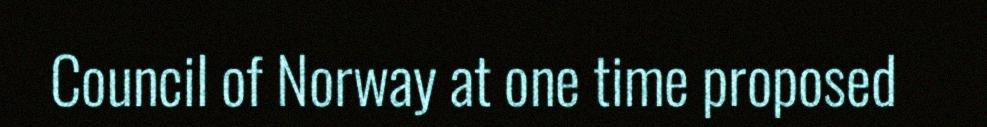
Council of Norway at one time proposed